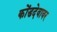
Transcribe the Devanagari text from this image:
कोंडदेवावर